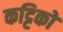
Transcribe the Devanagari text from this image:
कट्टिको